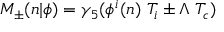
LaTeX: M _ { \pm } ( n \vert \phi ) = \gamma _ { 5 } ( \phi ^ { i } ( n ) \ T _ { i } \pm \Lambda \ T _ { c } )